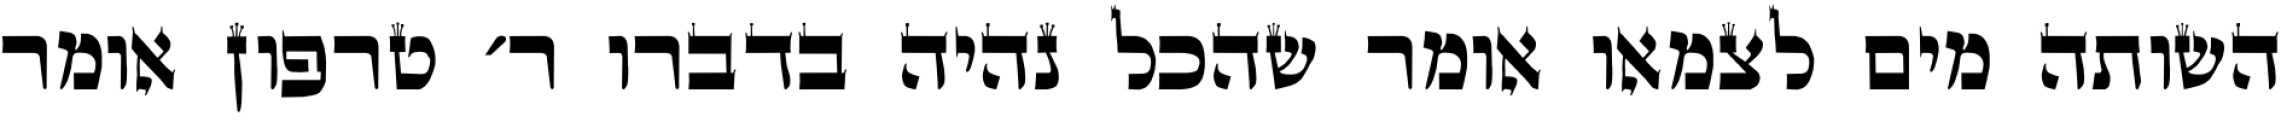
השותה מים לצמאו אומר שהכל נהיה בדברו ר׳ טרפון אומר